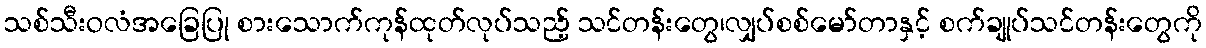
သစ်သီးဝလံအခြေပြု စားသောက်ကုန်ထုတ်လုပ်သည့် သင်တန်းတွေ၊လျှပ်စစ်မော်တာနှင့် စက်ချုပ်သင်တန်းတွေကို